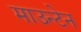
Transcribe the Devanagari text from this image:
माउन्‍टेन